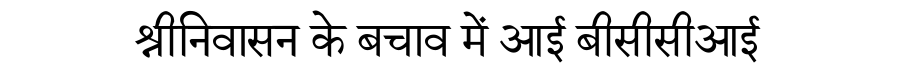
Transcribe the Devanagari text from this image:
श्रीनिवासन के बचाव में आई बीसीसीआई